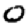
Digit: 0